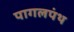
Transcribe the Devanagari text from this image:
पागलपंथ